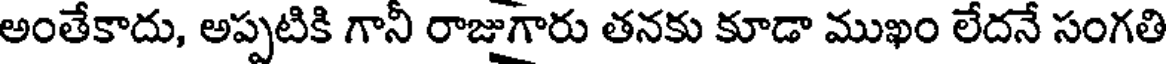
అంతేకాదు, అప్పటికి గానీ రాజుగారు తనకు కూడా ముఖం లేదనే సంగతి